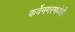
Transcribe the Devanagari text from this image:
कर्वेनगरमध्येही